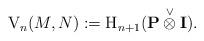
LaTeX: \begin{align*} \mathrm{V}_n(M,N) := \mathrm{H}_{n+1}(\mathbf{P} \overset{\vee}{\otimes} \mathbf{I}).\end{align*}